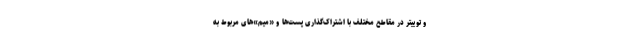
و توییتر در مقاطع مختلف با اشتراک‌گذاری پست‌ها و «میم»های مربوط به